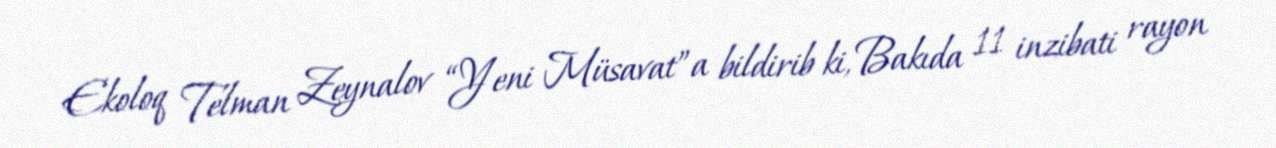
Ekoloq Telman Zeynalov “Yeni Müsavat”a bildirib ki, Bakıda 11 inzibati rayon